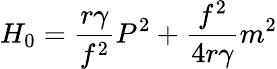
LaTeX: H_{0}=\frac{r{\gamma}}{f^{2}}P^{2}+\frac{f^{2}}{4r{\gamma}}m^{2}